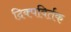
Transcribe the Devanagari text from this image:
दिक्पविर्तक